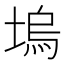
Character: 塢